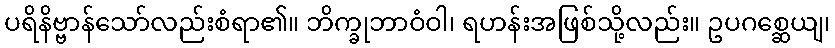
ပရိနိဗ္ဗာန်သော်လည်းစံရာ၏။ ဘိက္ခုဘာဝံဝါ၊ ရဟန်းအဖြစ်သို့လည်း။ ဥပဂစ္ဆေယျ၊